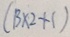
( B \times 2 + 1 )